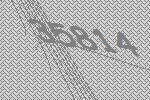
35814